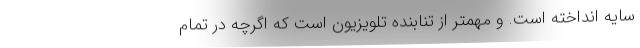
سایه انداخته است. و مهمتر از تنابنده تلویزیون است که اگرچه در تمام